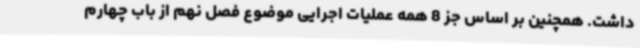
داشت. همچنین بر اساس جز 8 همه عملیات اجرایی موضوع فصل نهم از باب چهارم